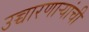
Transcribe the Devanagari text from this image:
उच्चारणाऱ्यांची